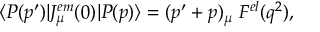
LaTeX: \langle P ( p ^ { \prime } ) | J _ { \mu } ^ { e m } ( 0 ) | P ( p ) \rangle = ( p ^ { \prime } + p ) _ { \mu } \; F ^ { e l } ( q ^ { 2 } ) ,